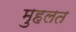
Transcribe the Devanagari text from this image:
मुहलत